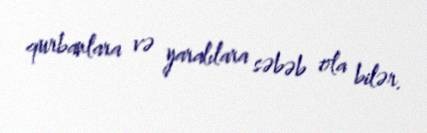
qurbanlara və yaralılara səbəb ola bilər.